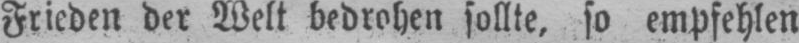
Frieden der Welt bedrohen sollte, so empfehlen